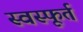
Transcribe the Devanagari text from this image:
स्वस्फूर्त